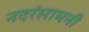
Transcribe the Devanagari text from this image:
नदरंसामनी